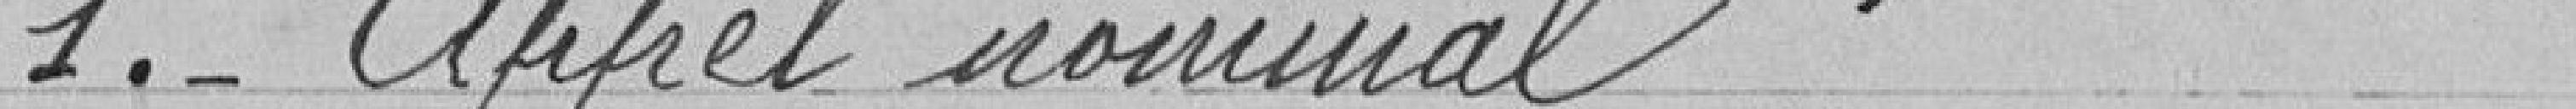
1.- Appel nominal